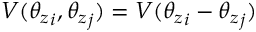
V ( { \theta _ { z } } _ { i } , { \theta _ { z } } _ { j } ) = V ( { \theta _ { z } } _ { i } - { \theta _ { z } } _ { j } )